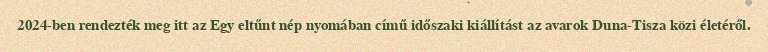
2024-ben rendezték meg itt az Egy eltűnt nép nyomában című időszaki kiállítást az avarok Duna-Tisza közi életéről.